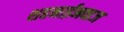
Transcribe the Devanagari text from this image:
शहनाईनवाज